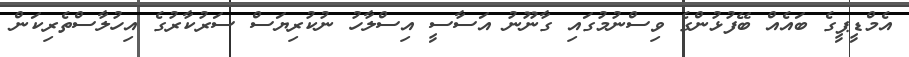
އެމްޑީޕީގެ ބައެއް ބޭފުޅުންގެ ވިސްނުމުގައި ގާނޫނު އަސާސީ އިސްލާހު ނުކުރިޔަސް ސަރުކާރުގެ އިހުލާސްތެރިކަން